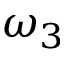
\omega _ { 3 }